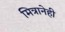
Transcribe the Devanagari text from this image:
मित्रानेही